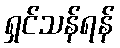
ရှင်သန်ရန်